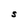
Character: S